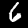
Label: 6